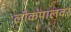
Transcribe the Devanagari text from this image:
लोकपालवर